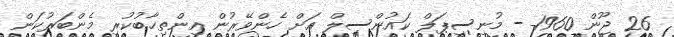
26 ޖޫން 1960 - މުނިސިޕަލް ކައުންސިލް އަށް ހެންވޭރުން އިންތިޚާބުކުރި މެންބަރުކަން